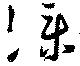
僕